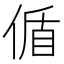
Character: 偱